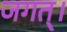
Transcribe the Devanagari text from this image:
जगत्‌।